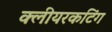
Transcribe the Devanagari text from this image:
क्लीयरकटिंग